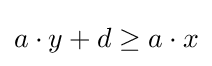
a\cdot y+d\geq a\cdot x